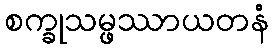
စက္ခုသမ္ဖဿာယတနံ